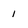
Character: 1